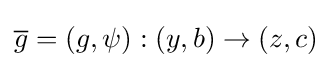
{\overline {g}}=(g,\psi ):(y,b)\to (z,c)